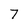
Character: 7